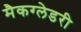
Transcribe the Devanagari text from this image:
मैकग्लेडरी